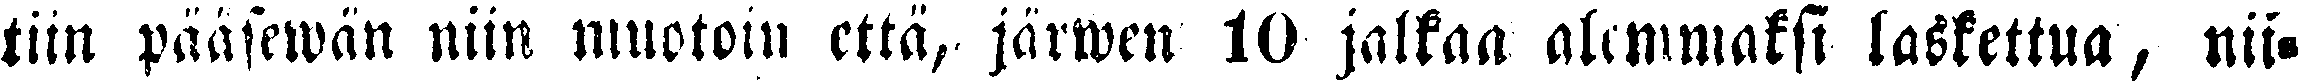
tiin pääsewan niin muotoin että, järwen 10 jalkaa alemmaksi laskettua, nii-